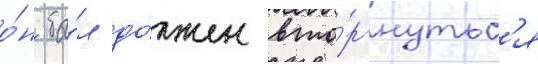
о́н бы́л до́лжен вто́ргнутьс'я